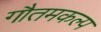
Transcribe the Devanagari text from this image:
गौतमकल्प